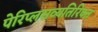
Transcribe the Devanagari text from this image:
पेरिप्लसव्यतिरिक्त